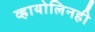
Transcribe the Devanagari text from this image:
व्हायोलिनही